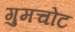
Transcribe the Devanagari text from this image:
गुमचोट